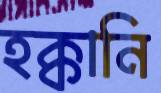
হক্কানি